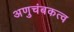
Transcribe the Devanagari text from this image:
अणुचंबकत्व